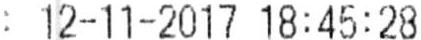
: 12-11-2017 18:45:28